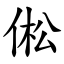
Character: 倯